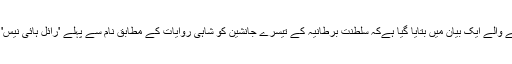
گذشتہ روزسینٹ جیمس پیلس سےجاری ہونے والے ایک بیان میں بتایا گیا ہےکہ سلطنت برطانیہ کے تیسرے جانشین کو شاہی روایات کے مطابق نام سے پہلے 'رائل ہائی نیس' (عزت ماب) کے اعزاز سےنوازا جا ئے گا۔